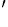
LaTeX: ^{'}